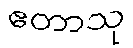
ဧတာသု